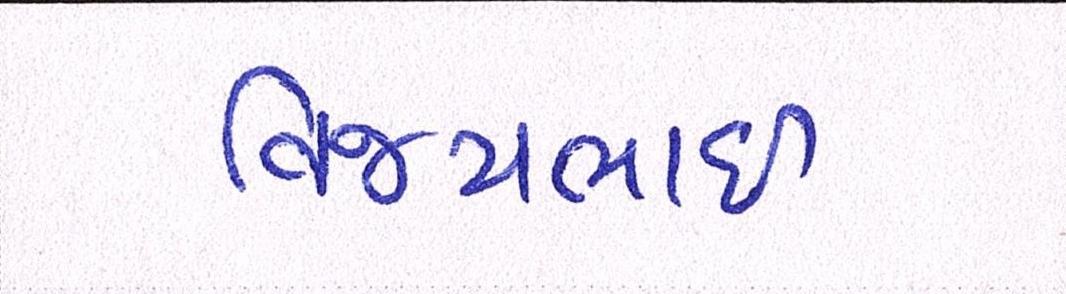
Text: વિજયભાઈ